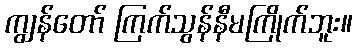
ကျွန်တော် ကြက်သွန်နီမကြိုက်ဘူး။